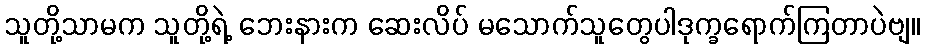
သူတို့သာမက သူတို့ရဲ့ ဘေးနားက ဆေးလိပ် မသောက်သူတွေပါဒုက္ခရောက်ကြတာပဲဗျ။